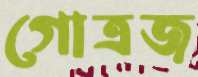
গোত্রজ